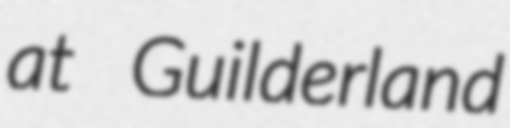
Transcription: at Guilderland